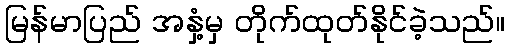
မြန်မာပြည် အနှံ့မှ တိုက်ထုတ်နိုင်ခဲ့သည်။